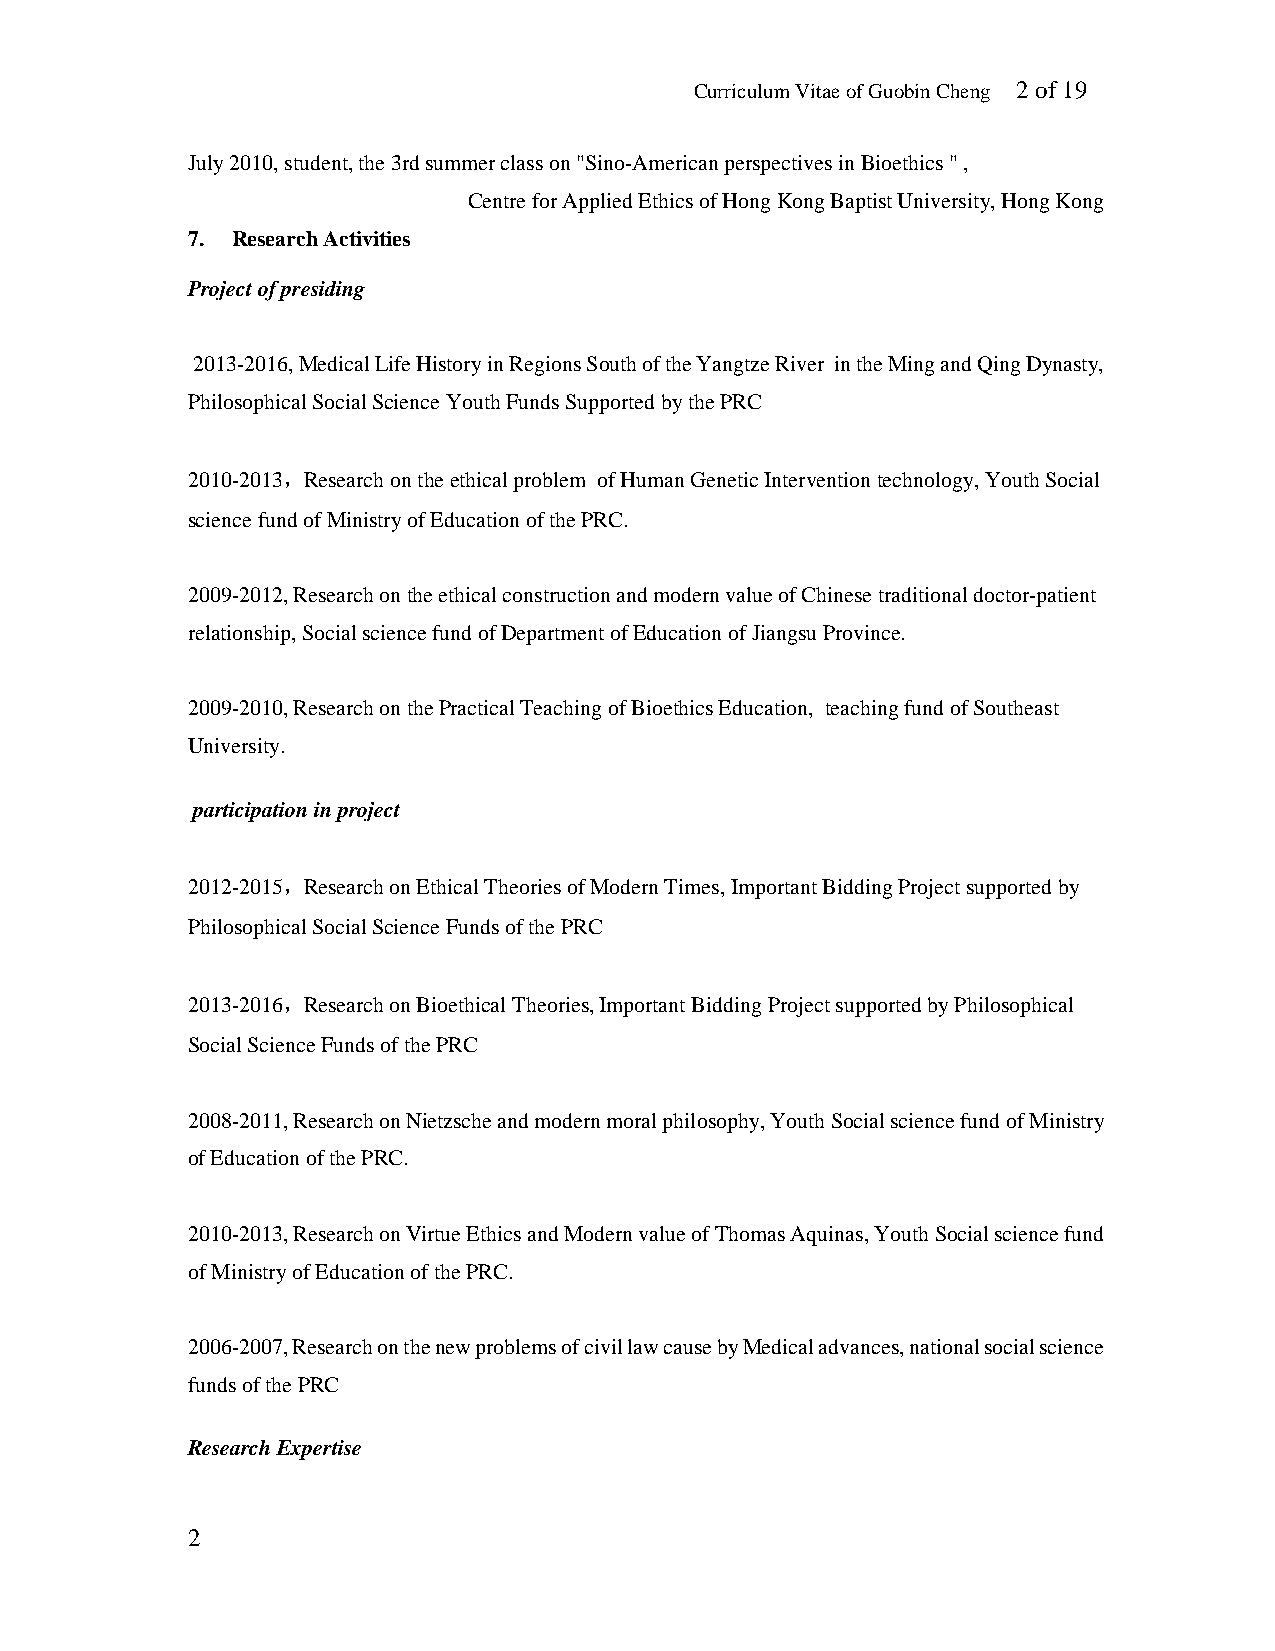
Curriculum Vitae of Guobin Cheng 2 of 19
 July 2010, student, the 3rd summer class on "Sino-American perspectives in Bioethics " ,
 Centre for Applied Ethics of Hong Kong Baptist University, Hong Kong
 7. Research Activities
 Project of presiding
 2013-2016, Medical Life History in Regions South of the Yangtze River in the Ming and Qing Dynasty,
 Philosophical Social Science Youth Funds Supported by the PRC
 2010-2013，Research on the ethical problem of Human Genetic Intervention technology, Youth Social
 science fund of Ministry of Education of the PRC.
 2009-2012, Research on the ethical construction and modern value of Chinese traditional doctor-patient
 relationship, Social science fund of Department of Education of Jiangsu Province.
 2009-2010, Research on the Practical Teaching of Bioethics Education, teaching fund of Southeast
 University.
 participation in project
 2012-2015，Research on Ethical Theories of Modern Times, Important Bidding Project supported by
 Philosophical Social Science Funds of the PRC
 2013-2016，Research on Bioethical Theories, Important Bidding Project supported by Philosophical
 Social Science Funds of the PRC
 2008-2011, Research on Nietzsche and modern moral philosophy, Youth Social science fund of Ministry
 of Education of the PRC.
 2010-2013, Research on Virtue Ethics and Modern value of Thomas Aquinas, Youth Social science fund
 of Ministry of Education of the PRC.
 2006-2007, Research on the new problems of civil law cause by Medical advances, national social science
 funds of the PRC
 Research Expertise
 2